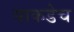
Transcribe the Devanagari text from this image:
याकडेच